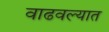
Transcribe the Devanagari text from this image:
वाढवल्यात